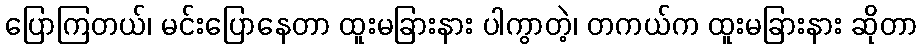
ပြောကြတယ်၊ မင်းပြောနေတာ ထူးမခြားနား ပါကွာတဲ့၊ တကယ်က ထူးမခြားနား ဆိုတာ